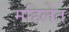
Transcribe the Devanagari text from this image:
महिलेत